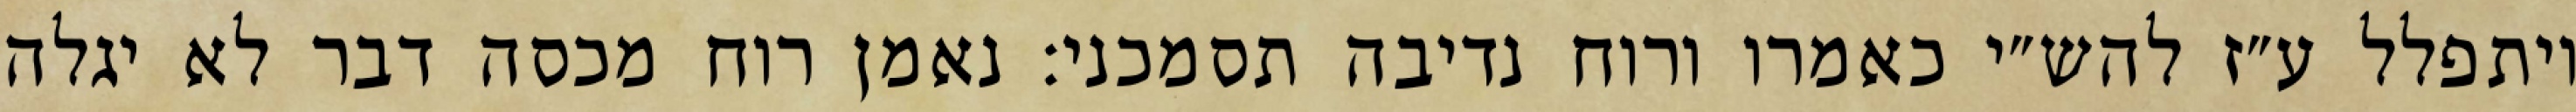
ויתפלל ע״ז להש״י כאמרו ורוח נדיבה תסמכני: נאמן רוח מכסה דבר לא יגלה